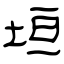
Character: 垣